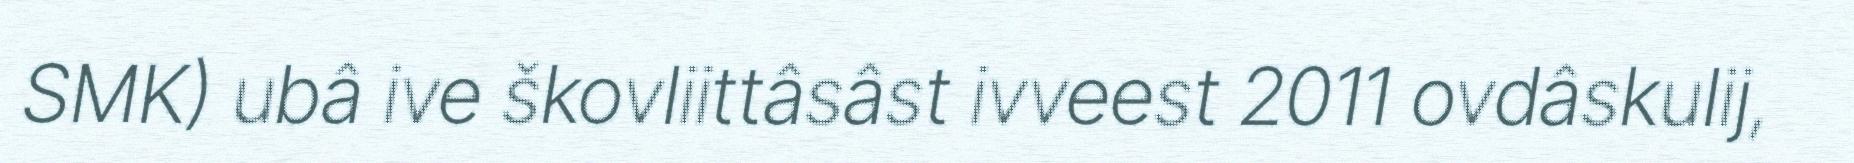
SMK) ubâ ive škovliittâsâst ivveest 2011 ovdâskulij,